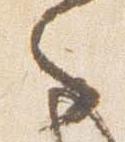
々